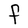
Character: F